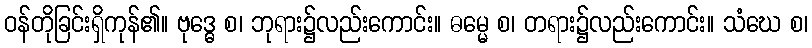
ဝန်တိုခြင်းရှိကုန်၏။ ဗုဒ္ဓေ စ၊ ဘုရား၌လည်းကောင်း။ ဓမ္မေ စ၊ တရား၌လည်းကောင်း။ သံဃေ စ၊